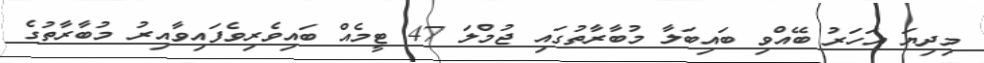
މިދިޔަ އަހަރު ބޭއްވި ބައިބަލާ މުބާރާތުގައި ޖުމްލަ 47 ޓީމެއް ބައިވެރިވެފައިވާއިރު މުބާރާތުގެ